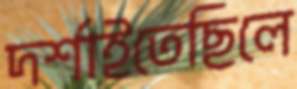
দর্শাইতেছিলে